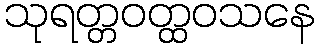
သုရတ္တဝတ္ထဝသနေ